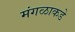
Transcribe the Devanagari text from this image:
मंगळाकडे